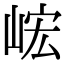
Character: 峵